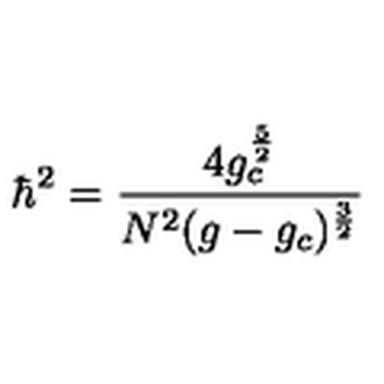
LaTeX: \hbar ^ { 2 } = \frac { 4 g _ { c } ^ { \frac { 5 } { 2 } } } { N ^ { 2 } ( g - g _ { c } ) ^ { \frac { 3 } { 2 } } }